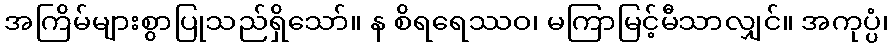
အကြိမ်များစွာပြုသည်ရှိသော်။ န စိရရေဿဝ၊ မကြာမြင့်မီသာလျှင်။ အကုပ္ပံ၊